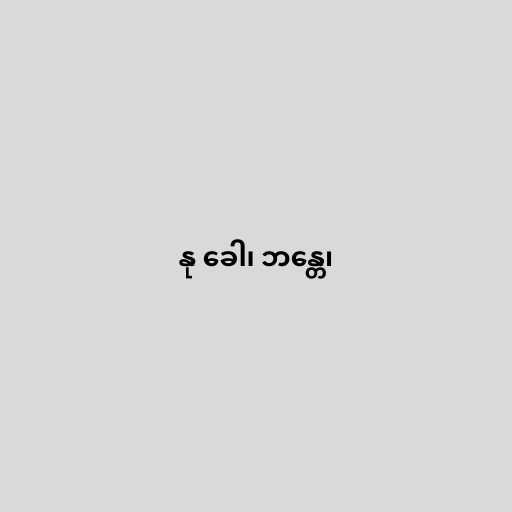
နု ခေါ၊ ဘန္တေ၊